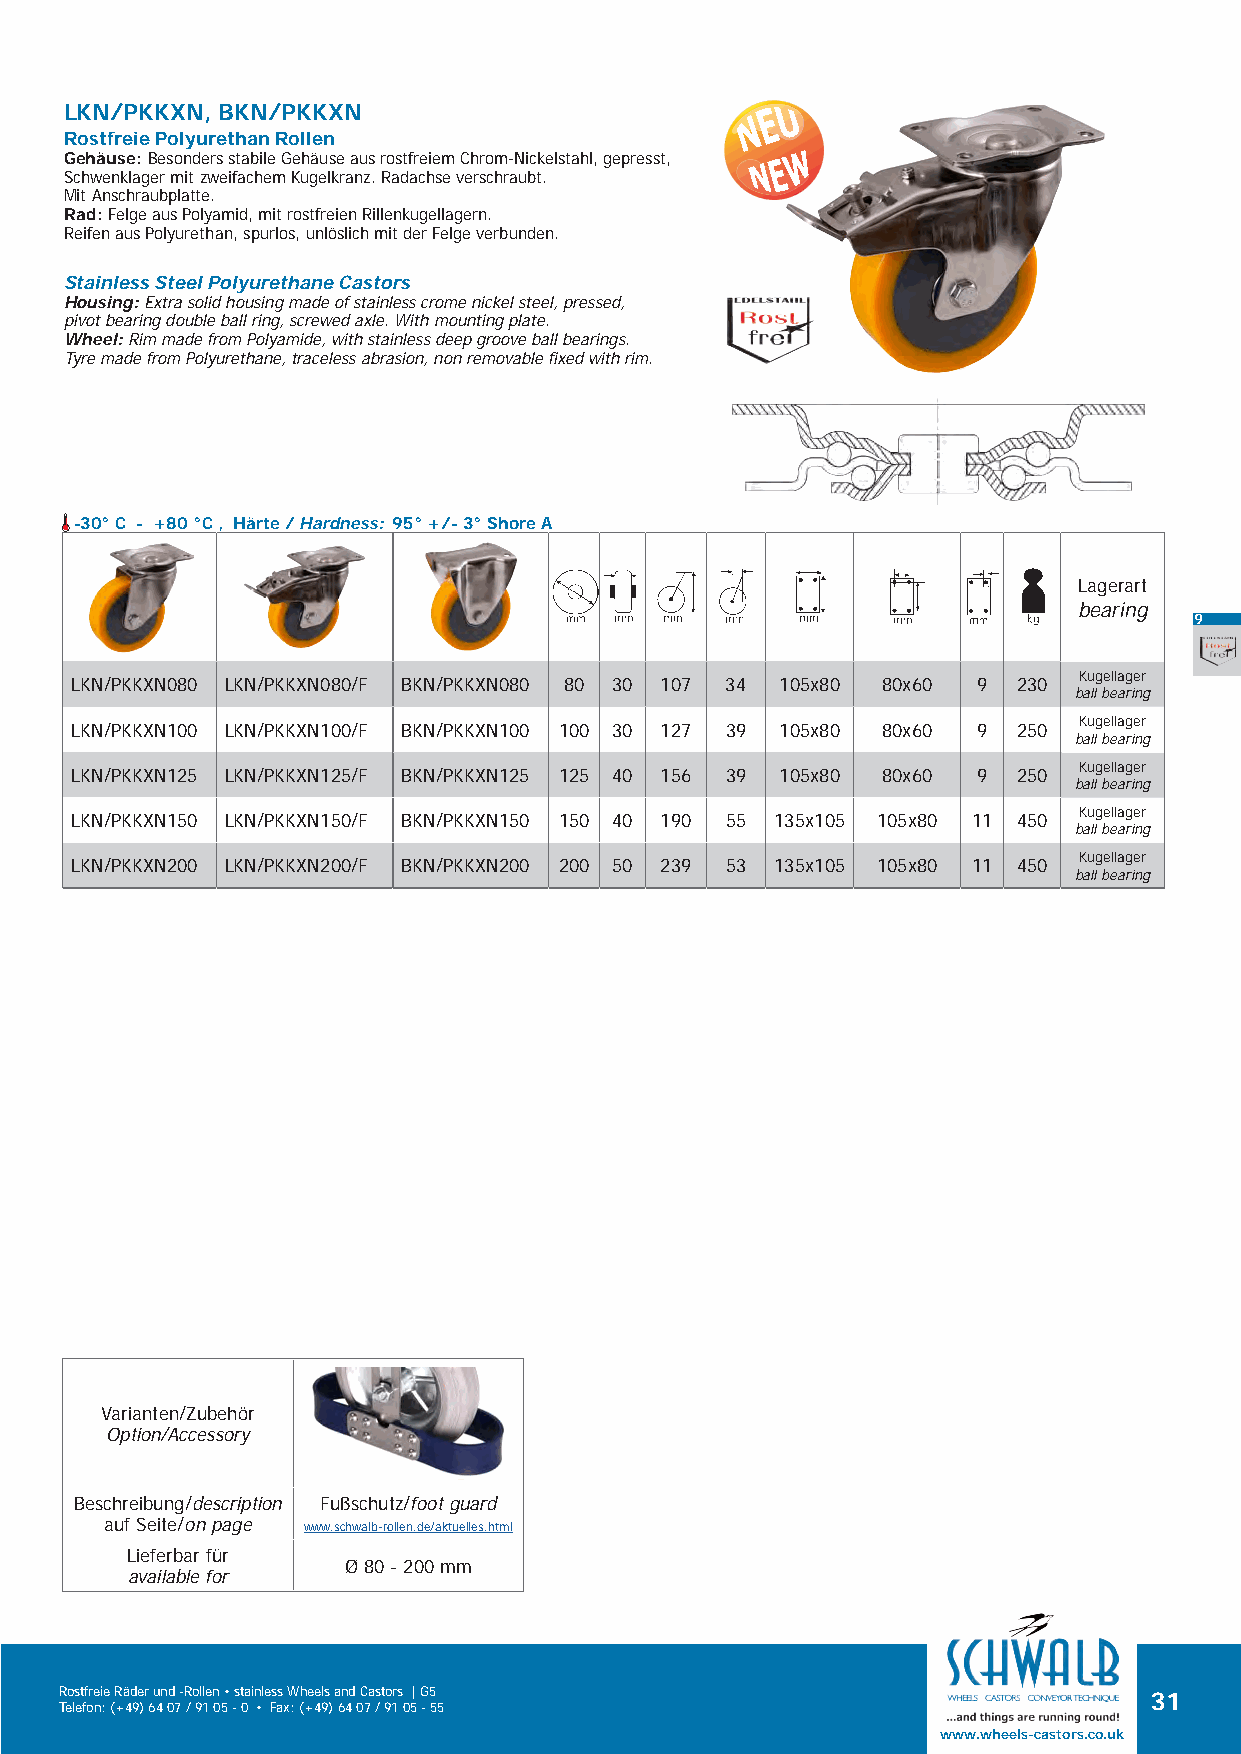
LKN/PKKXN, BKN/PKKXN
 Rostfreie Polyurethan Rollen
 Gehäuse: Besonders stabile Gehäuse aus rostfreiem Chrom-Nickelstahl, gepresst,
 Schwenklager mit zweifachem Kugelkranz. Radachse verschraubt.
 Mit Anschraubplatte.
 Rad: Felge aus Polyamid, mit rostfreien Rillenkugellagern.
 Reifen aus Polyurethan, spurlos, unlöslich mit der Felge verbunden.
 Stainless Steel Polyurethane Castors
 Housing: Extra solid housing made of stainless crome nickel steel, pressed,
 pivot bearing double ball ring, screwed axle. With mounting plate.
 Wheel: Rim made from Polyamide, with stainless deep groove ball bearings.
 Tyre made from Polyurethane, traceless abrasion, non removable fixed with rim.
 -30° C - +80 °C , Härte / Hardness: 95° +/- 3° Shore A
 Lagerart
 bearing
 9
 Kugellager
 LKN/PKKXN080 LKN/PKKXN080/F BKN/PKKXN080 80 30 107 34 105x80 80x60 9 230
 ball bearing
 Kugellager
 LKN/PKKXN100 LKN/PKKXN100/F BKN/PKKXN100 100 30 127 39 105x80 80x60 9 250
 ball bearing
 Kugellager
 LKN/PKKXN125 LKN/PKKXN125/F BKN/PKKXN125 125 40 156 39 105x80 80x60 9 250
 ball bearing
 Kugellager
 LKN/PKKXN150 LKN/PKKXN150/F BKN/PKKXN150 150 40 190 55 135x105 105x80 11 450
 ball bearing
 Kugellager
 LKN/PKKXN200 LKN/PKKXN200/F BKN/PKKXN200 200 50 239 53 135x105 105x80 11 450
 ball bearing
 Varianten/Zubehör
 Option/Accessory
 Beschreibung/description Fußschutz/foot guard
 auf Seite/on page www.schwalb-rollen.de/aktuelles.html
 Lieferbar für
 Ø 80 - 200 mm
 available for
 Rostfreie Räder und -Rollen • stainless Wheels and Castors | G5         31
 Telefon: (+49) 64 07 / 91 05 - 0 • Fax: (+49) 64 07 / 91 05 - 55
 www.wheels-castors.co.uk